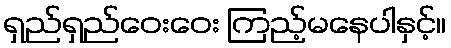
ရှည်ရှည်ဝေးဝေး ကြည့်မနေပါနှင့်။